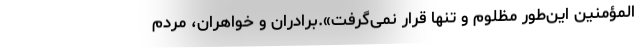
المؤمنین این‌طور مظلوم و تنها قرار نمی‌گرفت».برادران و خواهران، مردم